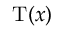
\mathrm { T } ( x )